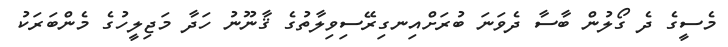
މެސީގެ ދެ ގޯލުން ބާސާ ދެވަނަ ބުރަށްއިނގިރޭސިވިލާތުގެ ޤާނޫނު ހަދާ މަޖިލީހުގެ މެންބަރަކު